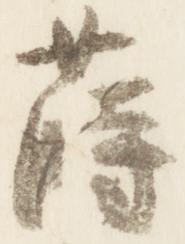
蒔